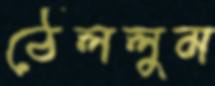
ঠেললুম